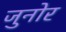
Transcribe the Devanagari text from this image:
जुनोर